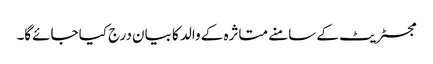
مجسٹریٹ کے سامنے متاثرہ کے والد کا بیان درج کیا جائے‌گا۔